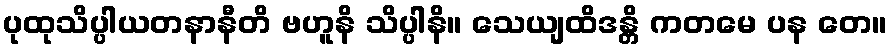
ပုထုသိပ္ပါယတနာနီတိ ဗဟူနိ သိပ္ပါနိ။ သေယျထိဒန္တိ ကတမေ ပန တေ။